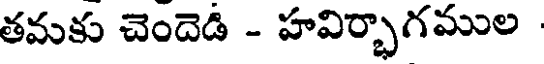
తమకు చెందెడి - హవిర్భాగముల